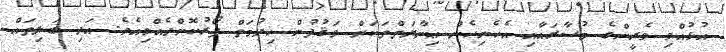
އުޅުއްވި ވެރީންގެ މުސާރައާއި އެހެނިހެން ޢިނާޔަތްތަކަށް ވަޤުފުން ޚިދުމަތް ފޯރުކޮށްދެއްވިއެވެ. އަދި ބަލިތައް